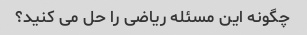
چگونه این مسئله ریاضی را حل می کنید؟